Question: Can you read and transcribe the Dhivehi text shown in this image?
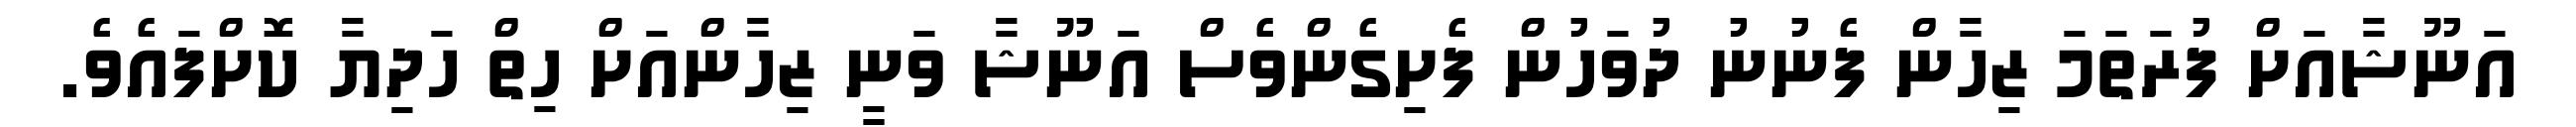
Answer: އަނޫޝާއަށް ފުރަތަމަ ޒިހާން ފެނުނު ދުވަހުން ފެށިގެންވެސް އަނޫޝާ ވަނީ ޒިހާންއަށް ހިތް ހަދިޔާ ކޮށްފައެވެ.